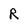
Character: R